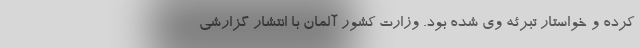
کرده و خواستار تبرئه وی شده بود. وزارت کشور آلمان با انتشار گزارشی